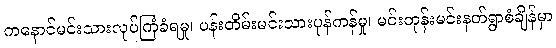
ကနောင်မင်းသားလုပ်ကြံခံရမှု၊ ပန်းတိမ်းမင်းသားပုန်ကန်မှု၊ မင်းတုန်းမင်းနတ်ရွာစံချိန်မှာ